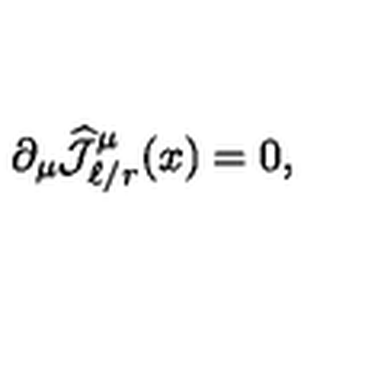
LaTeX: \partial _ { \mu } \widehat { { \mathcal J } } _ { \ell / r } ^ { \mu } ( x ) = 0 ,